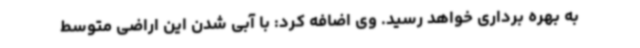
به بهره برداری خواهد رسید. وی اضافه کرد: با آبی شدن این اراضی متوسط